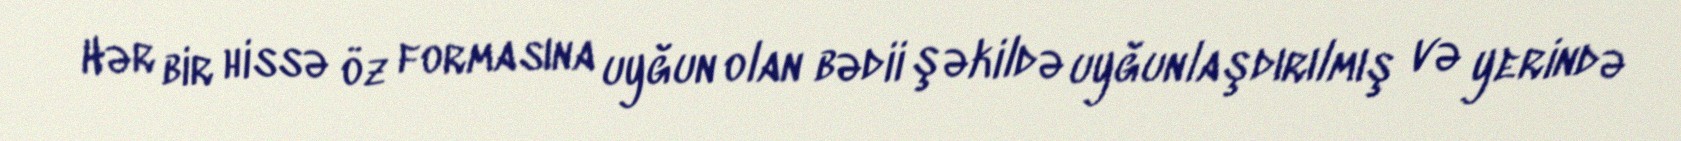
Hər bir hissə öz formasına uyğun olan bədii şəkildə uyğunlaşdırılmış və yerində